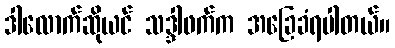
ဒါလောက်ဆိုယင် သဒ္ဒါဖက်က အခြေခံရပါတယ်။